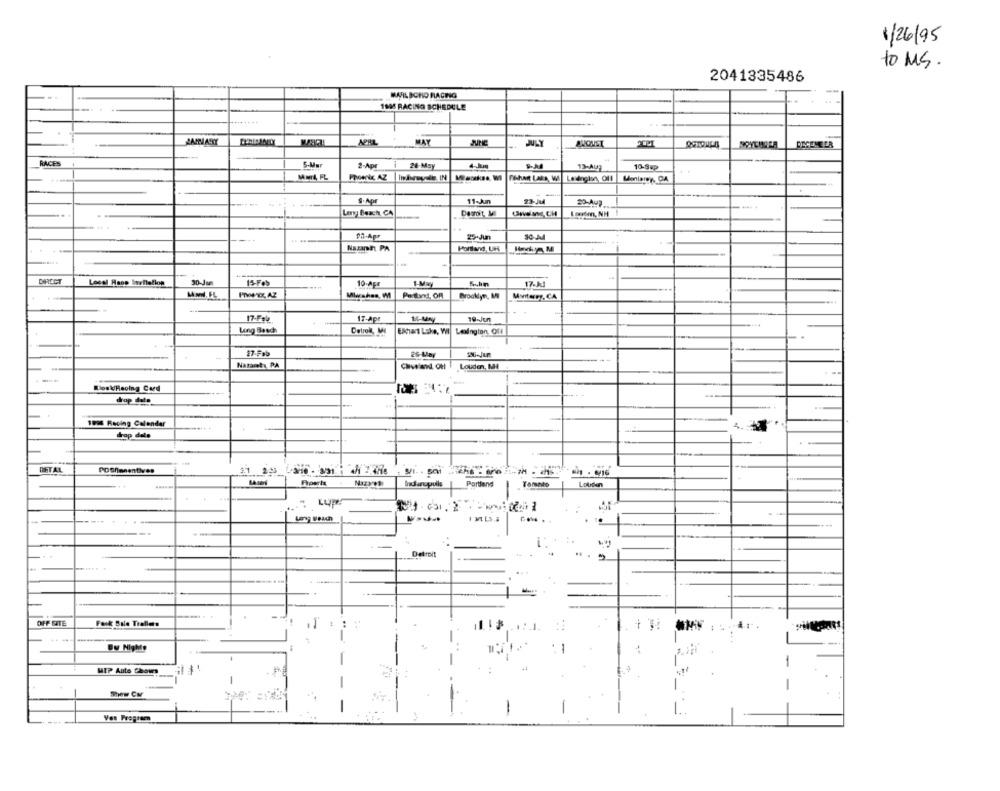
1/26/95
to MS.
2041335486
MARLBORO RACING
1995 RACING SCHEDULE
APRIL
WAT
ROYLURER
RACES
S-Mar
2-Apr
28-May
13-AUF
10-Sup
-
Phoenix AZ
Fikhart Laks, WI Levinginn, Off
--
9-Apr
11-Juin
23-JMd
Long Beach CA
25-Jun
Nazaran PA
-
Portland, UP
DIRECT
Local Haop Iwritellon
30-Jum
15-Feb
10-Apr
17-JJ
Brooklyn, M
17-Apr
17-Feb
1-u
19-Jun
Long Beach
Detrol, MI
Lexington Oli
27.Feb
25-Llar
Nazaret :, PA
---
-
Louden, NH
KlosidHeoing Card
drop date
1996 Racing Calendar
drop dete
-
DETAL
PDShimeentives
Portland
Louden
Detroit
..... .
....
OFF SITE
Faik Bale Trellers
.....
-
...
-
-
MIP Auto Chours
41
1
-
-
-
-
1
Von Pregreen